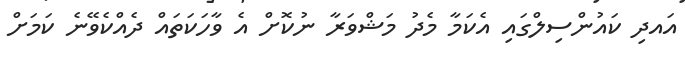
އައދި ކައުންސިލްގައި އެކަމާ މެދު މަޝްވަރާ ނުކޮށް އެ ވާހަކަތައް ދެއްކެވޭނެ ކަމަށް